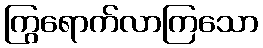
ကြွရောက်လာကြသော